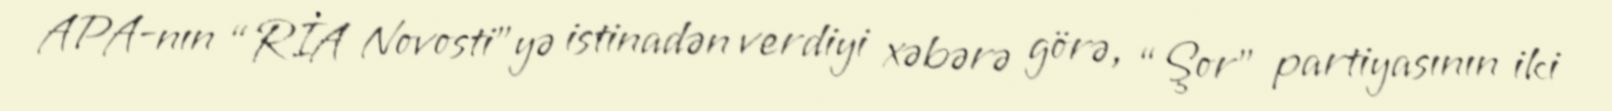
APA-nın “RİA Novosti”yə istinadən verdiyi xəbərə görə, “Şor” partiyasının iki